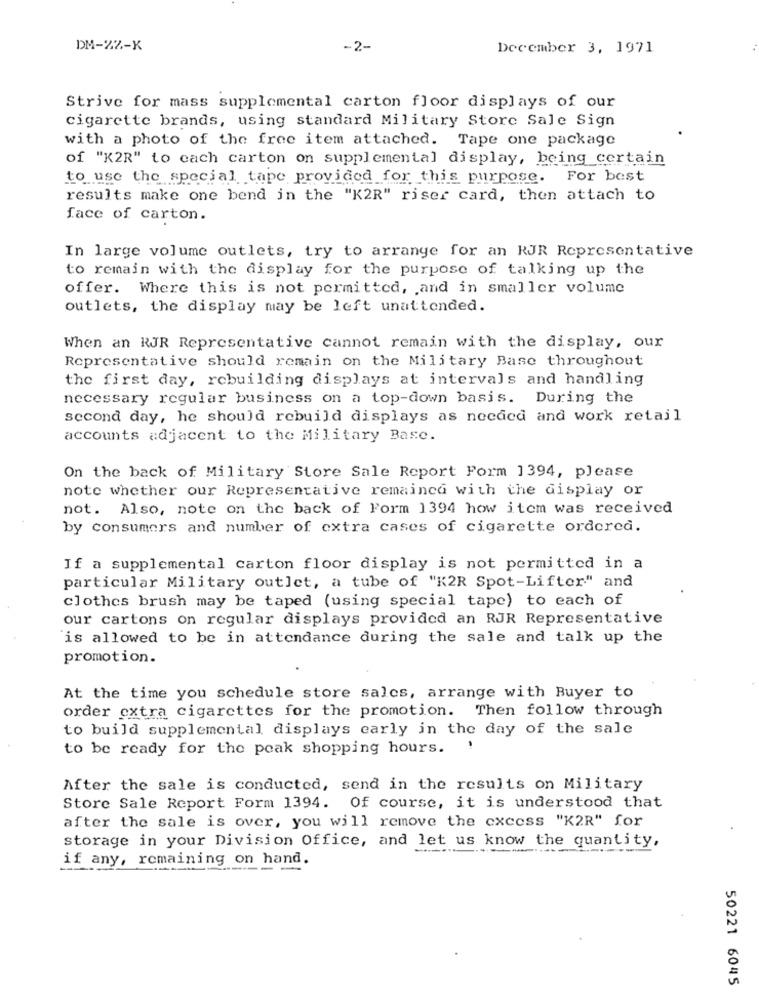
DM-22-K
-2-
December 3, 1971
Strive for mass supplemental carton floor displays of our
cigarette brands, using standard Military Store Sale Sign
with a photo of the free item attached. Tape one package
of "K2R" to each carton on supplemental display, being certain
to use the special tape provided for this purpose. For best
results make one bend in the "K2R" riser card, then attach to
face of carton.
In large volume outlets, try to arrange for an RJR Representative
to remain with the display for the purpose of talking up the
offer. Where this is not permitted, and in smaller volume
outlets, the display may be left unattended.
When an RJR Representative cannot remain with the display, our
Representative should remain on the Military Base throughout
the first day, rebuilding displays at intervals and handling
necessary regular business on a top-down basis. During the
second day, he should rebuild displays as needed and work retail
accounts adjacent to the Military Base.
On the back of Military Store Sale Report Form 1394, please
note whether our Representative remainca with the display or
not. Also, note on the back of Form 1394 how item was received
by consumers and number of extra cases of cigarette ordered.
If a supplemental carton floor display is not permitted in a
particular Military outlet, a tube of "K2R Spot-Lifter" and
clothes brush may be taped (using special tape) to each of
our cartons on regular displays provided an RJR Representative
is allowed to be in attendance during the sale and talk up the
promotion.
At the time you schedule store salcs, arrange with Buyer to
order extra cigarettes for the promotion. Then follow through
to build supplemental displays early in the day of the sale
to be ready for the peak shopping hours. !
After the sale is conducted, send in the results on Military
Store Sale Report Form 1394. Of course, it is understood that
after the sale is over, you will remove the excess "K2R" for
storage in your Division Office, and let us know the quantity,
if any, remaining on hand.
50221 6045